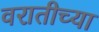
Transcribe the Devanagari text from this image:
वरातीच्या